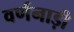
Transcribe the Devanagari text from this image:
वर्णनाड़ी